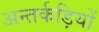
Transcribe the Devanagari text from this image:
अन्तर्कड़ियों